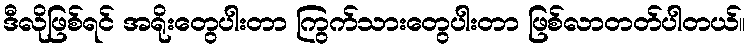
ဒီလိုဖြစ်ရင် အရိုးတွေပါးတာ ကြွက်သားတွေပါးတာ ဖြစ်လာတတ်ပါတယ်။